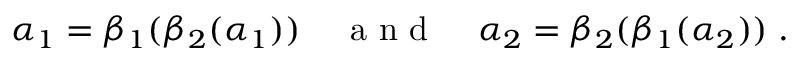
\alpha _ { 1 } = \beta _ { 1 } ( \beta _ { 2 } ( \alpha _ { 1 } ) ) \; \; \; \; { \mathrm { ~ a ~ n ~ d ~ } } \; \; \; \; \alpha _ { 2 } = \beta _ { 2 } ( \beta _ { 1 } ( \alpha _ { 2 } ) ) \; .